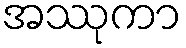
အဿုကာ